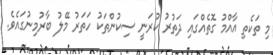
މި ތަކެތި އާއްމު ގޮތެއްގައި ދަތުރު ކުރަނީ ސިކުންތަކު ހަތަރު މޭލު ބާރުމިނުގައެވެ.